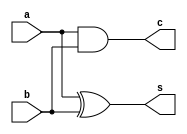
`timescale 1ns / 1ps
//////////////////////////////////////////////////////////////////////////////////
// Company: 
// Engineer: 
// 
// Design Name: 
// Module Name:    half_1 
// Project Name: 
// Target Devices: 
// Tool versions: 
// Description: 
//
// Dependencies: 
//
// Revision: 
// Revision 0.01 - File Created
// Additional Comments: 
//
//////////////////////////////////////////////////////////////////////////////////
module half_1(
    input a,
    input b,
    output s,
    output c
    );

xor(s,a,b);
and(c,a,b);
endmodule